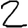
Digit: 2